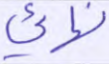
نهائي